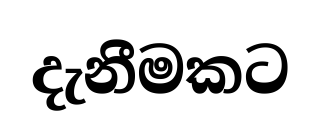
දැනීමකට